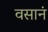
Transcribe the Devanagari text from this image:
वसानं